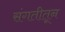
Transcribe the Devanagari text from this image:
संगतीतून